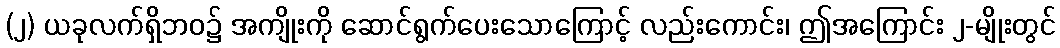
(၂) ယခုလက်ရှိဘဝ၌ အကျိုးကို ဆောင်ရွက်ပေးသောကြောင့် လည်းကောင်း၊ ဤအကြောင်း ၂-မျိုးတွင်